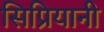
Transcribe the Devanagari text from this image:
सिप्रियानी